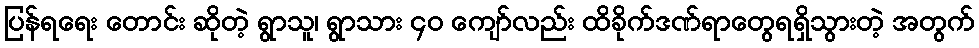
ပြန်ရရေး တောင်း ဆိုတဲ့ ရွာသူ၊ ရွာသား ၄၀ ကျော်လည်း ထိခိုက်ဒဏ်ရာတွေရရှိသွားတဲ့ အတွက်